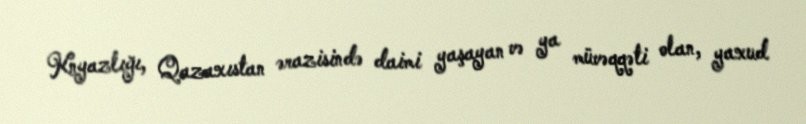
Knyazlığı, Qazaxıstan ərazisində daimi yaşayan və ya müvəqqəti olan, yaxud